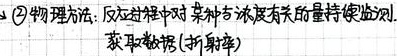
\textcircled{2} 物理方法：反应过程中对某种与浓度有关的量持续监测，获取数据（如折射率）。